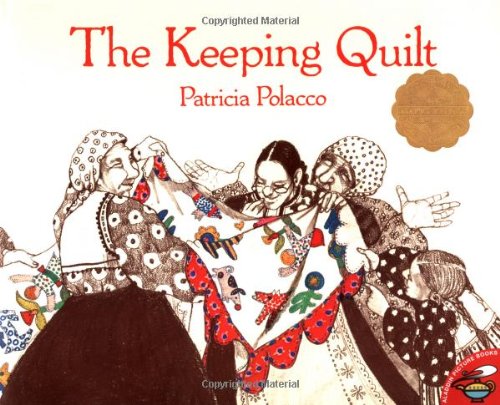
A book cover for The Keeping Quilt; Patricia Polacco; Children's Books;